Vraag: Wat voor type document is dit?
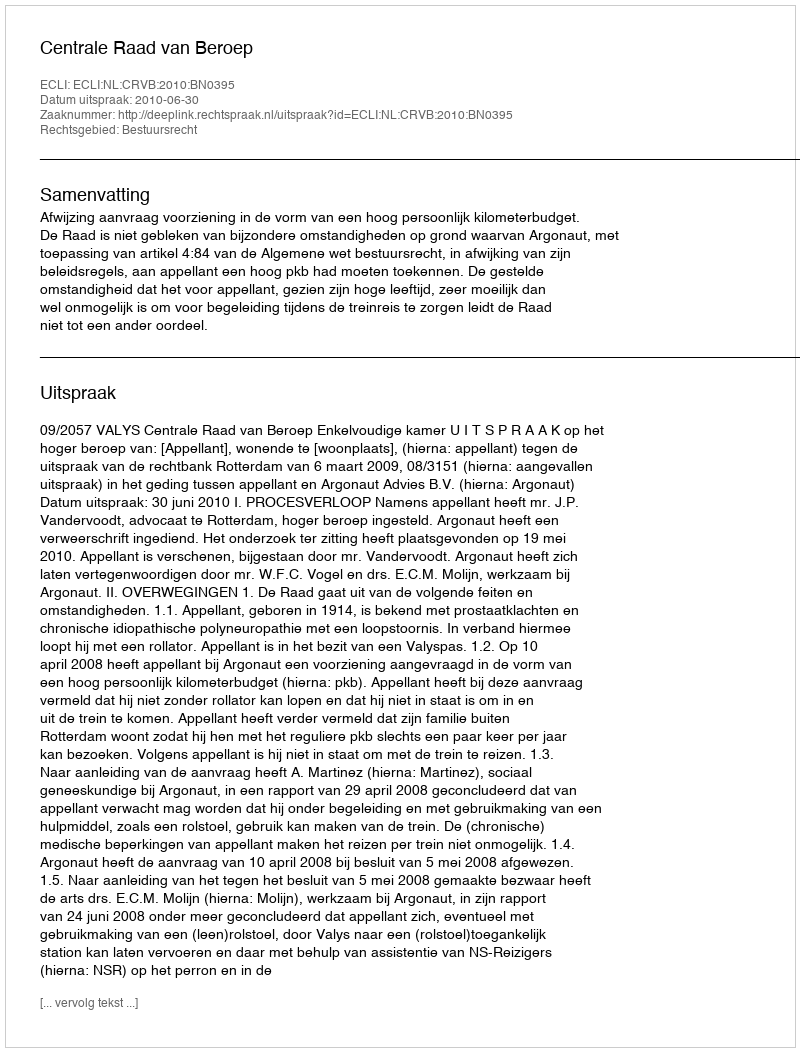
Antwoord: Uitspraak